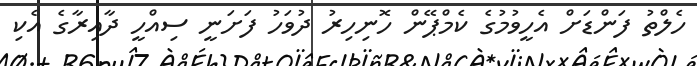
ހެލްތު ފަންޑަށް އެހީވުމުގެ ކެމްޕޭން ހޮނިހިރު ދުވަހު ފަށަނީ ސިއްހީ ދާއިރާގެ އެކި